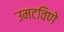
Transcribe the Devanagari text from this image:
उमटविणे